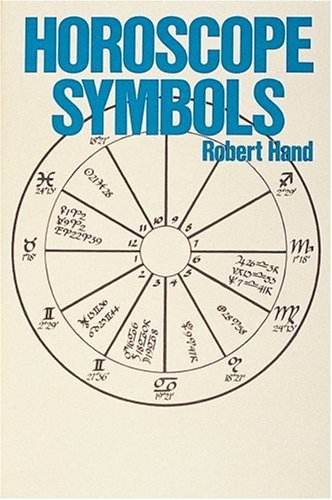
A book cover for Horoscope Symbols; Robert Hand; Religion & Spirituality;